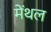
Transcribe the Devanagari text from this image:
मेंथल